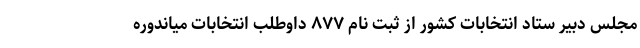
مجلس دبیر ستاد انتخابات کشور از ثبت نام ۸۷۷ داوطلب انتخابات میاندوره